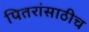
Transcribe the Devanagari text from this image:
पितरांसाठीच